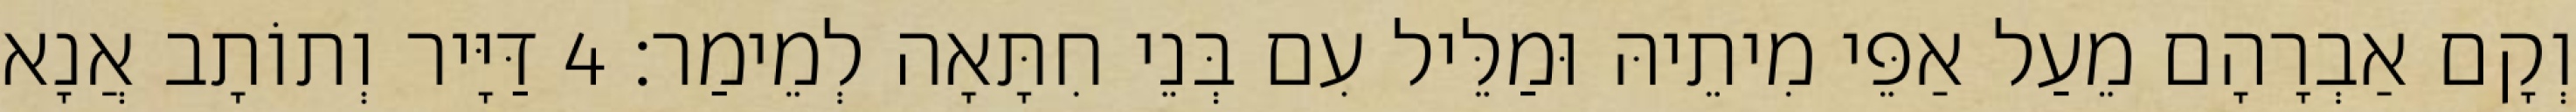
וְקָם אַבְרָהָם מֵעַל אַפֵּי מִיתֵיהּ וּמַלֵּיל עִם בְּנֵי חִתָּאָה לְמֵימַר׃ 4 דַּיָּיר וְתוֹתָב אֲנָא